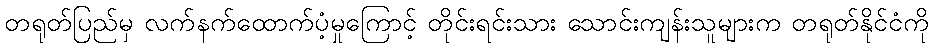
တရုတ်ပြည်မှ လက်နက်ထောက်ပံ့မှုကြောင့် တိုင်းရင်းသား သောင်းကျန်းသူများက တရုတ်နိုင်ငံကို